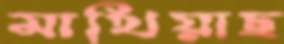
মাখিয়াছ